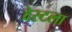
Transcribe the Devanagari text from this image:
वेस्टला